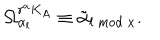
\Omega _ { \alpha _ { l } } ^ { r ^ { a } K _ { A } } \equiv \tilde { \alpha } _ { l \mathrm { ~ m o d ~ } x } .